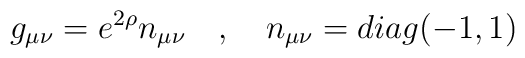
g_{\mu\nu}=e^{2\rho}n_{\mu\nu}      \quad ,      \quad      n_{\mu\nu}=diag(-1,1)